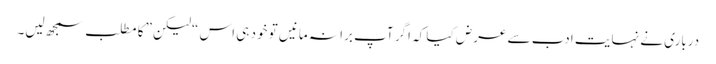
درباری نے نہایت ادب سے عرض کیا کہ اگر آپ برا نہ مانیں تو خود ہی اس “لیکن” کا مطلب سمجھ لیں۔